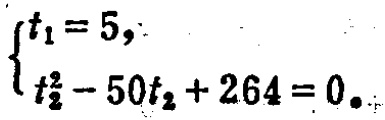
$\begin{cases}t_{1}=5,\\t_{2}^{2}-50t_{2}+264 = 0。\end{cases}$